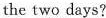
the two days?